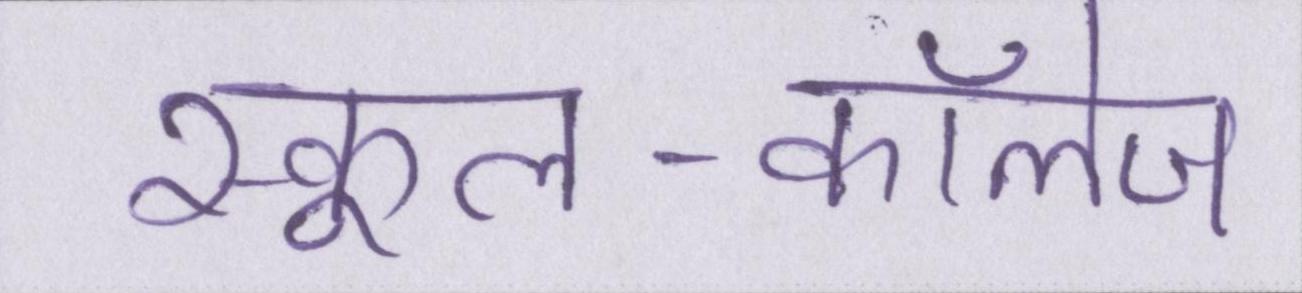
स्कूल-कॉलेज